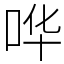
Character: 哗